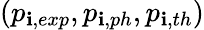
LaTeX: (p_{\mathbf{i},exp},p_{\mathbf{i},ph},p_{\mathbf{i},th})